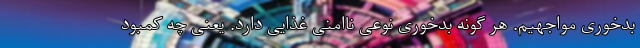
بدخوری مواجهیم. هر گونه بدخوری نوعی ناامنی غذایی دارد. یعنی چه کمبود